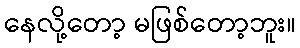
နေလို့တော့ မဖြစ်တော့ဘူး။